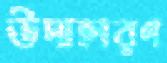
উদাহারণ